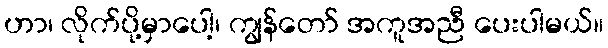
ဟာ၊ လိုက်ပို့မှာပေါ့၊ ကျွန်တော် အကူအညီ ပေးပါမယ်။